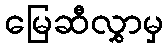
မြေဆီလွှာမှ